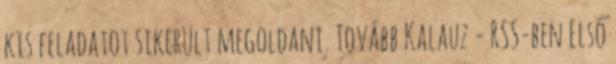
kis feladatot sikerült megoldani. Tovább Kalauz - RSS-ben Első